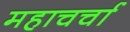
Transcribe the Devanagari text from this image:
महाचर्चा